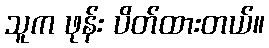
သူက ဖုန်း ပိတ်ထားတယ်။